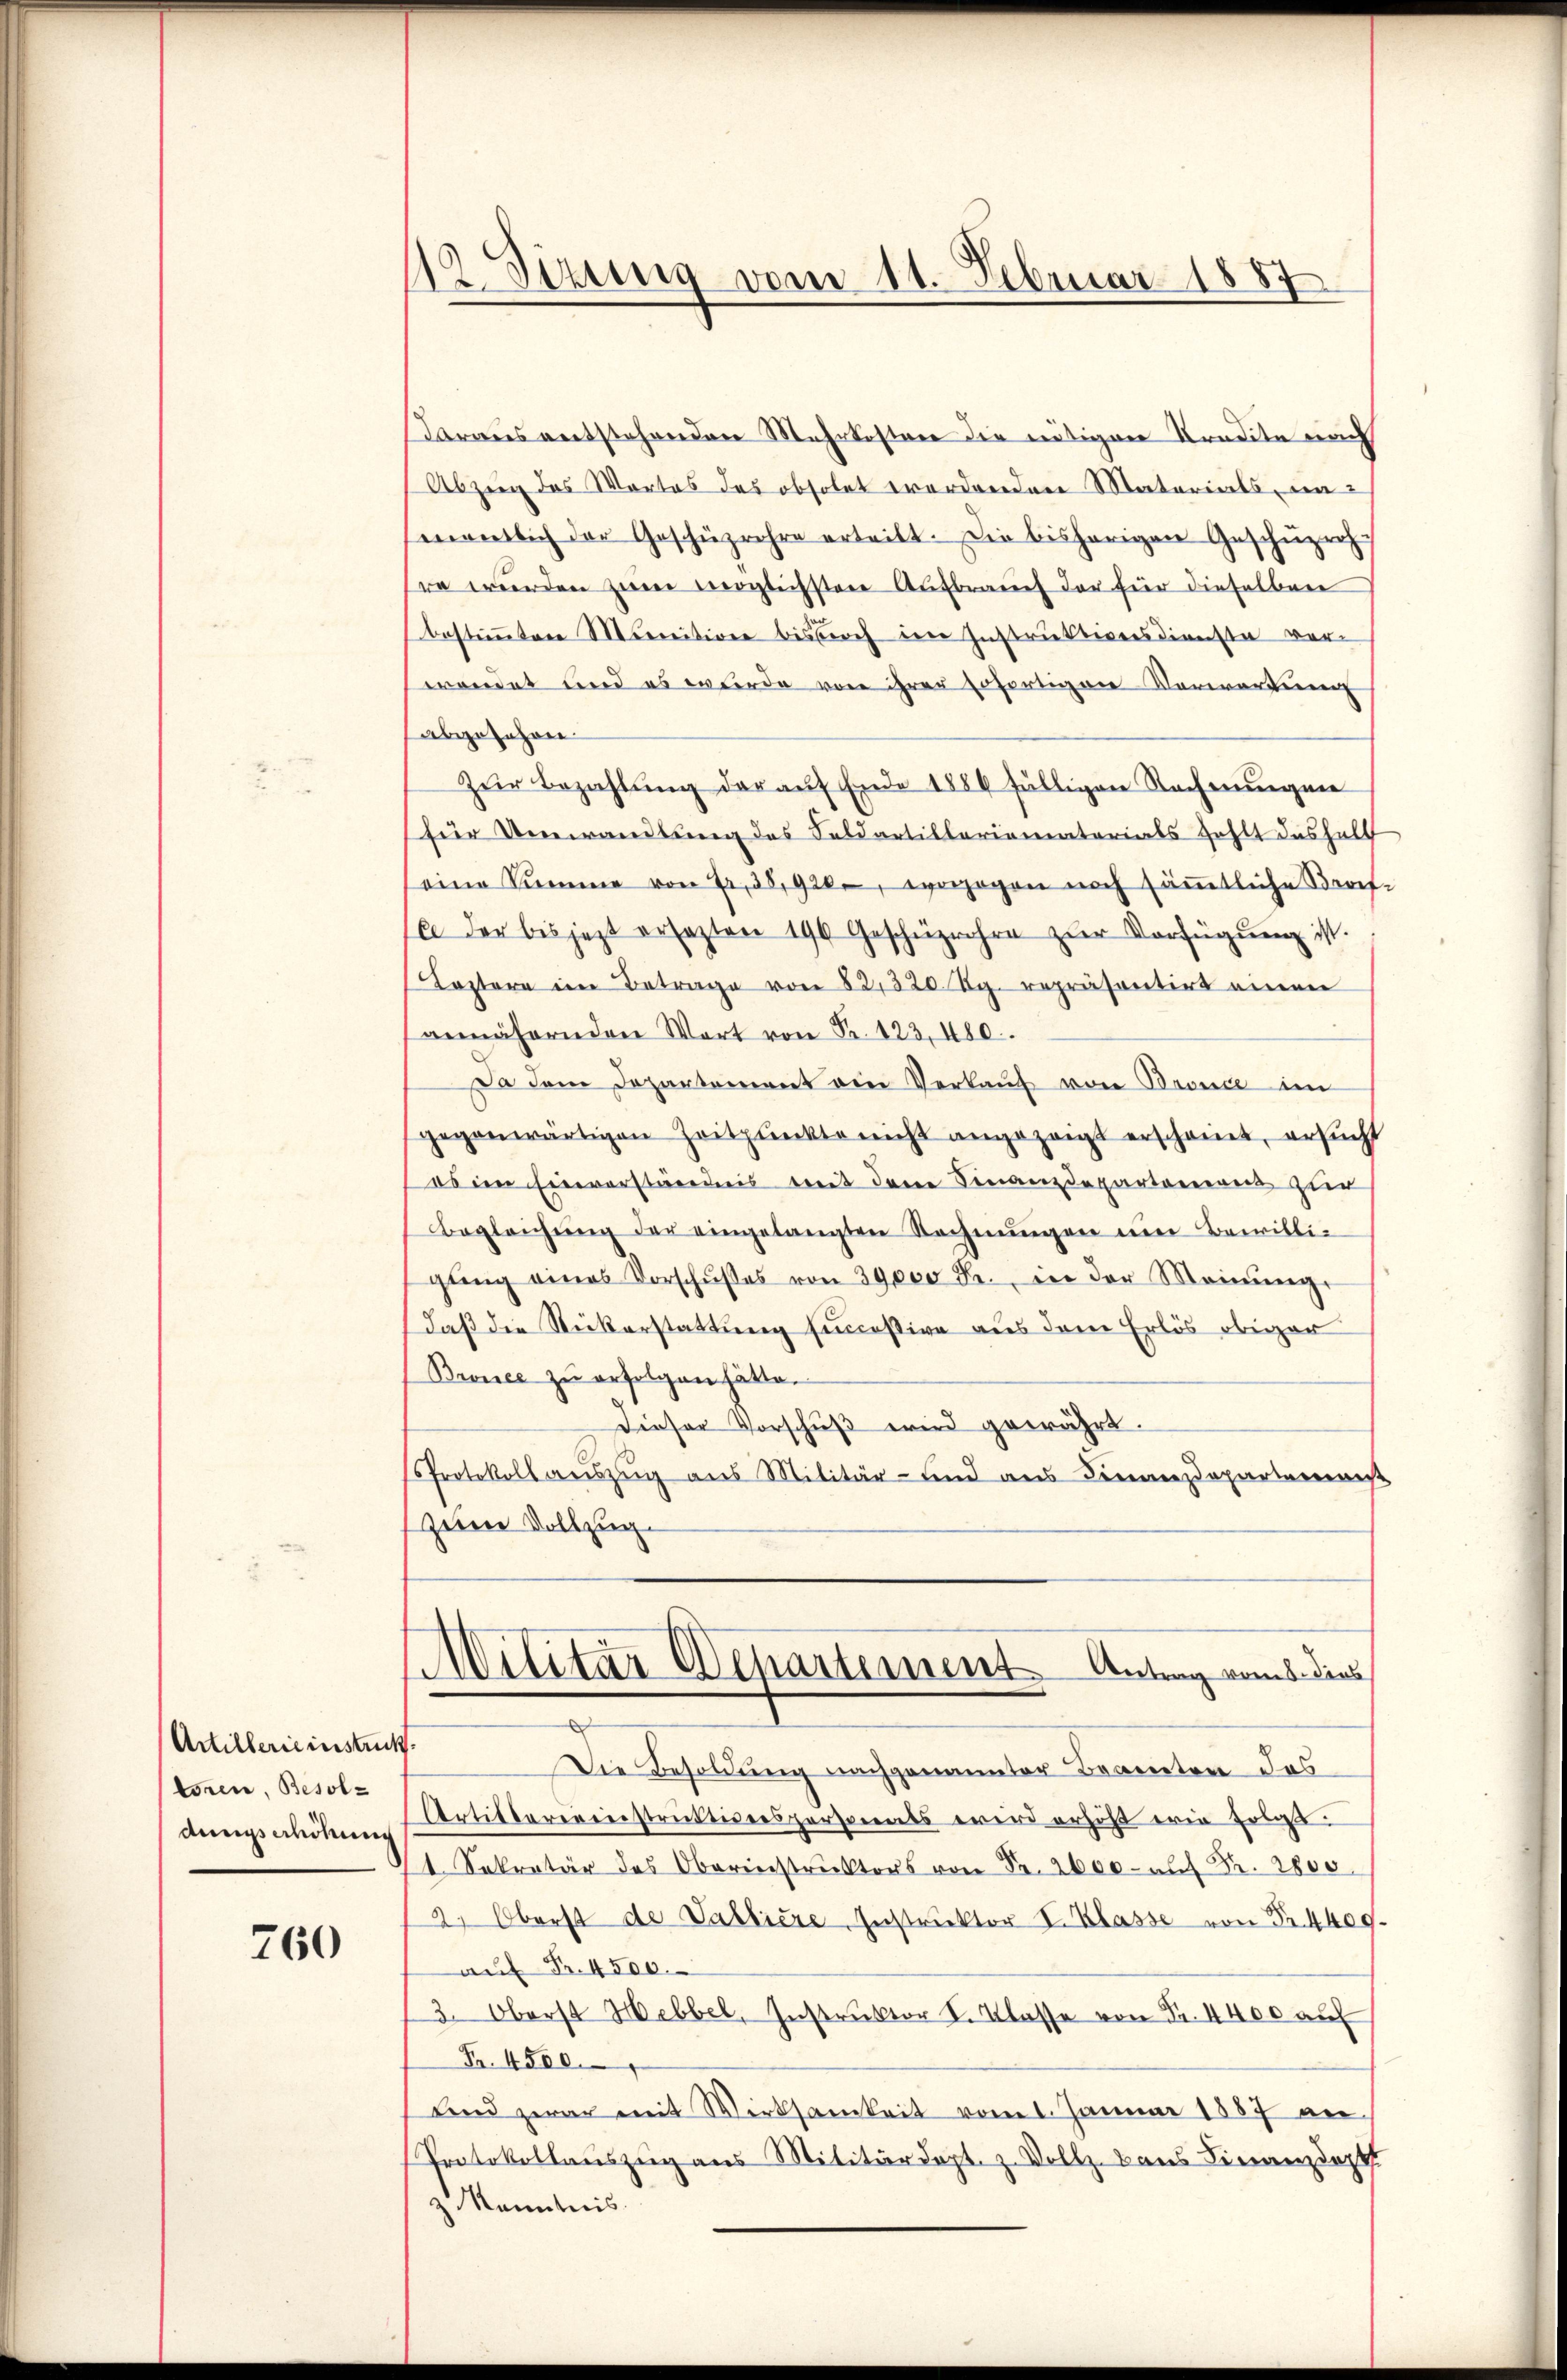
Artillerieinstruck.
toren, Besoldungsahikung

760

.
Sizung vom 11. Februar 1887

Daraus entstehenden Mehrkosten die nötigen Kredite nach
Abzug des Wortes des obsolet wordenden Materials, un
mentlich der Geschüzrehre erteilt. Die bisherigen Geschüzrich
re würden zum möglichsten Aufbrauch der für dieselben
bestimmten Merition bisbach den Instruktiversdienste verwendet und es wurde von ihrer sofortigen Verwartung
abgesehen.
Zur Bezahlung der auf Ende 1886 fälligen Rechnungen
für Umwandlung des Feldartillariomaterials zahlt deshalb
seine Summe von Er, 38,920, wogegen noch säṁtliche Straf-
E der bis jezt ersezten 196 Geschüzrahre zŭr Verfügŭng ist.
Lostere ein Betrage von 821320 Ag. repräsentirt einen
annähernden Wort von Fr. 123, 480.
Da dem Departement ein Verkaŭf von Bronce im
gegenwärtigen Zeitpunkte nicht angezeigt erscheint, ersucht
os im Einverständnis mit dem Finanzdepartamens zur
Begleichŭng der eingelangten Rechnŭngen um Bewilligŭng eines Vorschŭsses von 39,000 Fr. in der Meinŭng
daß die Rückerstattung successive aus dem Erlös obiger
Bronce zu erfolgen hätte.
dieser Vorschŭβ wird gewährt.
Protokoll auszug aus Militär- und aus Finanzdepartaris
zene Vollzug.
Militär Departement Antrag vom 5. dies
Die Besoldung nachgenannter Beanten das
Artilbarereinstruktiverspersonents wird erhöht ein solats.
t Sekretär des Oberinstruktors von Fr. 2600. aŭf Fr. 2800.
2. Oberst de Valliere, Instruktor I. Klasse von Fr. 4409.
aŭf Fr. 4500.
3. Oberst Hebbel, Instruktor V. Klasse von Fr. 4400 auf
Fr. 4500.
Sind zwar mit Wirksamkeit vom 1. Januar 1887 an
Protokollauszug aus Militärdept. z. Vollz- Baus Finanzdopt
z Kenntnis